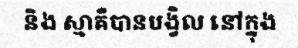
និង ស្មាគឺបានបង្វិល នៅក្នុង